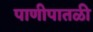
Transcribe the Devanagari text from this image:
पाणीपातळी